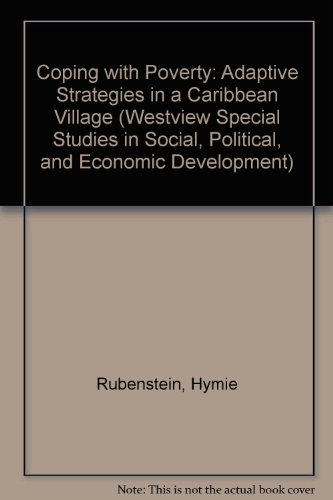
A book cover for Coping With Poverty: Adaptive Strategies in a Caribbean Village (Westview Special Studies in Social, Political, and Economic Development); Hymie Rubenstein; Travel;